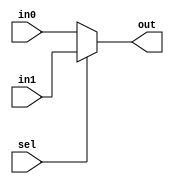
module mux_2x1 #(parameter WIDTH = 1)(
  input   wire  [WIDTH-1:0]  in0,
  input   wire  [WIDTH-1:0]  in1,
  input   wire               sel,
  output  wire  [WIDTH-1:0]  out
);

assign out = sel ? in1 : in0;




endmodule